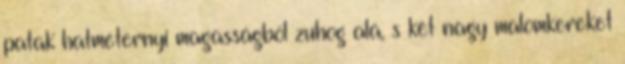
patak hatméternyi magasságból zuhog alá, s két nagy malomkereket